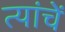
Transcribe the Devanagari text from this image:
त्यांचेेें